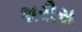
શરીસ